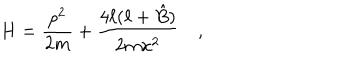
H = { \frac { p ^ { 2 } } { 2 m } } + { \frac { 4 \ell ( \ell + \hat { B } ) } { 2 m x ^ { 2 } } } \quad ,